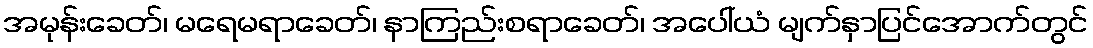
အမုန်းခေတ်၊ မရေမရာခေတ်၊ နာကြည်းစရာခေတ်၊ အပေါ်ယံ မျက်နှာပြင်အောက်တွင်